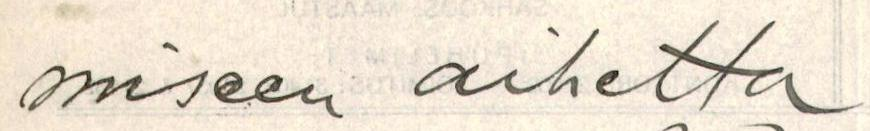
miseen aihetta